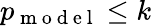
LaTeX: p_{\mathrm{~m~o~d~e~l~}}\leq k